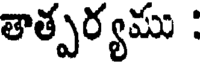
తాత్పర్యము :